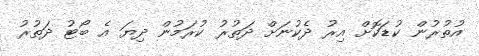
އުތުރުން ކުޑަކޮށް އިރު ދެކުނަށް ދަތުރު ކުރަމުން ދިޔަ އެ ބޯޓު ދަތުރު